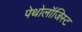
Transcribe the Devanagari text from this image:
पेथोलॉजिस्ट